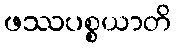
ဖဿပစ္စယာတိ